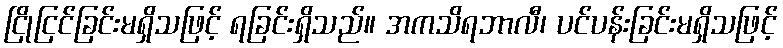
ငြိုငြင်ခြင်းမရှိသဖြင့် ရခြင်းရှိသည်။ အကသိရဘာလီ၊ ပင်ပန်းခြင်းမရှိသဖြင့်